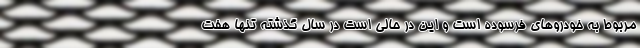
مربوط به خودروهای فرسوده است و این در حالی است در سال گذشته تنها هفت